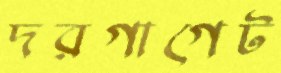
দরগাগেট